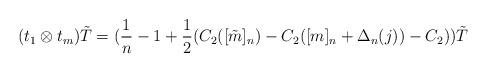
LaTeX: \begin{align*}(t_1 \otimes t_m )\tilde{T}= (\frac{1}{n}-1+\frac{1}{2} (C_2 ([\tilde{m}]_n)-C_2 ([m]_n +\Delta_n (j))-C_2))\tilde{T}\end{align*}